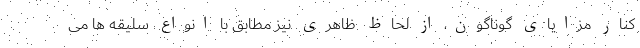
کنار مزایای گوناگون، از لحاظ ظاهری نیز مطابق با انواع سلیقه ها می